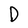
Character: D